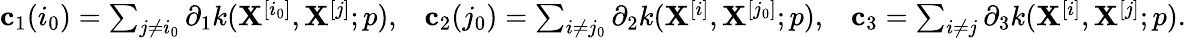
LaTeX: \begin{array}{r}{\mathbf{c}_{1}(i_{0})=\sum_{j\neq i_{0}}\partial_{1}k(\mathbf{X}^{[i_{0}]},\mathbf{X}^{[j]};p),\; \; \; \mathbf{c}_{2}(j_{0})=\sum_{i\neq j_{0}}\partial_{2}k(\mathbf{X}^{[i]},\mathbf{X}^{[j_{0}]};p),\; \; \; \mathbf{c}_{3}=\sum_{i\neq j}\partial_{3}k(\mathbf{X}^{[i]},\mathbf{X}^{[j]};p).}\end{array}